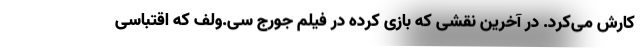
کارش می‌کرد. در آخرین نقشی که بازی کرده در فیلم جورج سی.ولف که اقتباسی